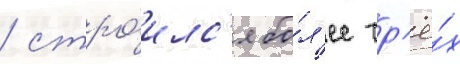
/ стро́илс'я бо́л'ее тр'ё́х